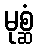
မုစ္ဆံ